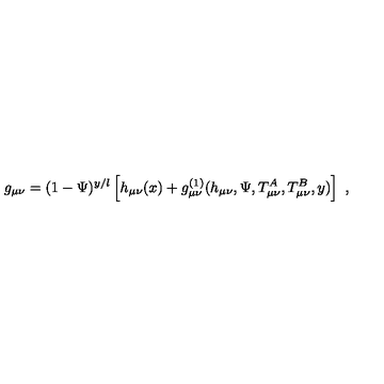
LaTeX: g _ { \mu \nu } = ( 1 - \Psi ) ^ { y / l } \left[ h _ { \mu \nu } ( x ) + g _ { \mu \nu } ^ { ( 1 ) } ( h _ { \mu \nu } , \Psi , T _ { \mu \nu } ^ { A } , T _ { \mu \nu } ^ { B } , y ) \right] \ ,